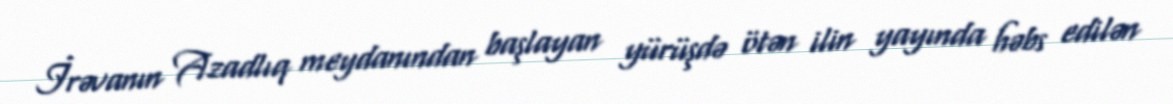
İrəvanın Azadlıq meydanından başlayan yürüşdə ötən ilin yayında həbs edilən